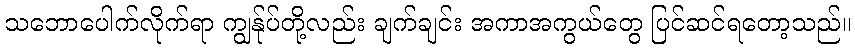
သဘောပေါက်လိုက်ရာ ကျွန်ုပ်တို့လည်း ချက်ချင်း အကာအကွယ်တွေ ပြင်ဆင်ရတော့သည်။